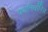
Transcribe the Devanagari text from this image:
पथनिर्धारित